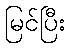
မြင်ပြီး